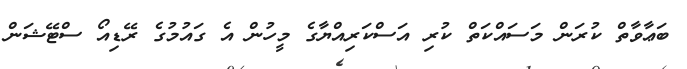
ބަޢާވާތް ކުރަން މަސައްކަތް ކުރި އަސްކަރިއްޔާގެ މީހުން އެ ގައުމުގެ ރޭޑިއޯ ސްޓޭޝަން